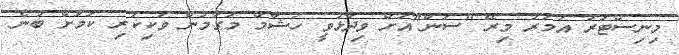
މިނިސްޓަރު އުމަރު މިރޭ "ސަން"އަށް ވިދާޅުވީ ހުޝާމް މަގާމުން ވަކިކުރި ކަމަށް ބުނެ